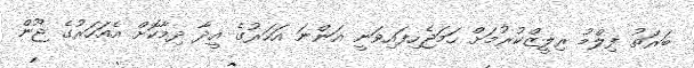
ބަރަތު ފިލްމު ރިލީޒްކުރުމަށް ހަމަޖެހިފައިވަނީ އަންނަ އަހަރުގެ އީދާ ދިމާކޮށް އެއަހަރުގެ ޖޫން